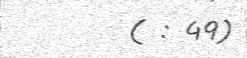
( : 49)